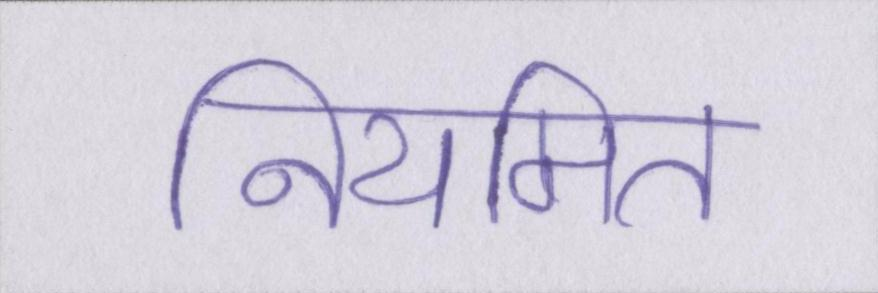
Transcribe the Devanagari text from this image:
नियमित